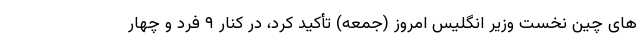
های چین نخست وزیر انگلیس امروز (جمعه) تأکید کرد، در کنار ۹ فرد و چهار